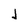
Character: j